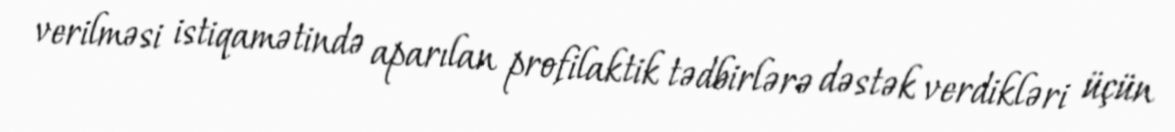
verilməsi istiqamətində aparılan profilaktik tədbirlərə dəstək verdikləri üçün